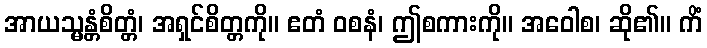
အာယသ္မန္တံစိတ္တံ၊ အရှင်စိတ္တကို။ ဧတံ ဝစနံ၊ ဤစကားကို။ အဝေါစ၊ ဆို၏။ ကိံ